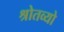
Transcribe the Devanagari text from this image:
श्रोतव्यो